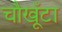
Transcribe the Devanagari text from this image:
चौखूँटा